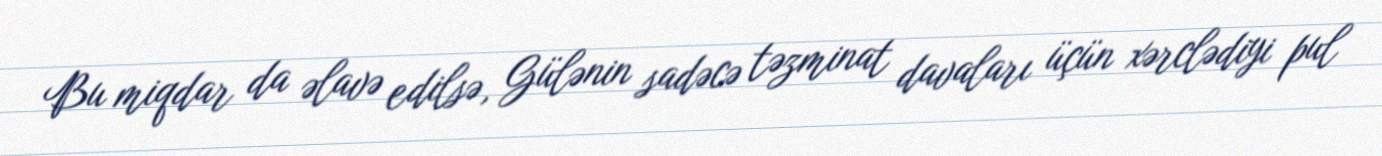
Bu miqdar da əlavə edilsə, Gülənin sadəcə təzminat davaları üçün xərclədiyi pul